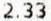
2.33